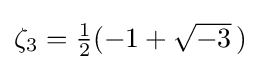
{\textstyle \zeta _{3}={\tfrac {1}{2}}(-1+{\sqrt {-3}}\,)}